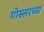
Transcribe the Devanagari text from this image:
गोस्लरच्या